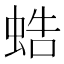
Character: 𧋓